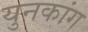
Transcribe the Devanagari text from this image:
युनकांग